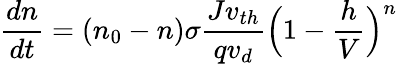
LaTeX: \frac{dn}{dt}=(n_{0}-n)\sigma\frac{Jv_{th}}{qv_{d}}\Big(1-\frac{h}{V}\Big)^{n}